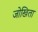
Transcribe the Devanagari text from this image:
जोखिता